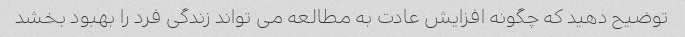
توضیح دهید که چگونه افزایش عادت به مطالعه می تواند زندگی فرد را بهبود بخشد